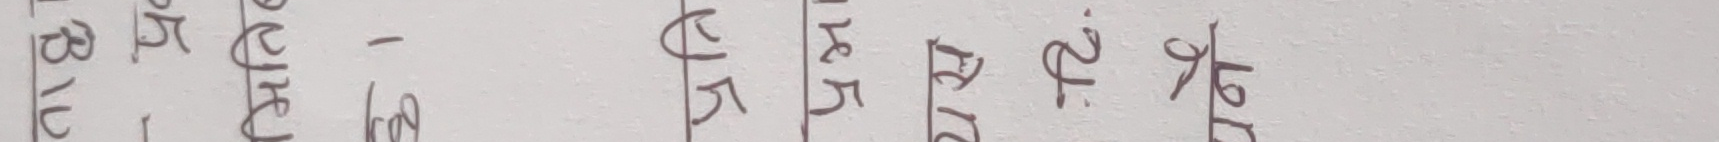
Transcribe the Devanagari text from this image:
अधिप रघर हरह अकड़ - प्र करङ्ग मल्ल भगत् भाव सतज शालार गतम